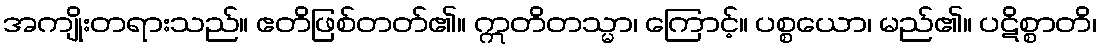
အကျိုးတရားသည်။ ဧတိဖြစ်တတ်၏။ ဣတိတသ္မာ၊ ကြောင့်။ ပစ္စယော၊ မည်၏။ ပဋိစ္စာတိ၊